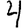
Digit: 4